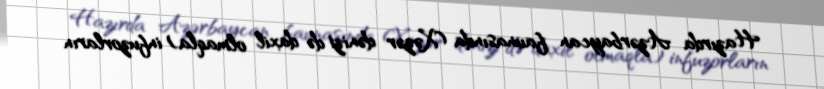
Hazırda Azərbaycan faunasında (Xəzər dənizi də daxil olmaqla) infuzorların